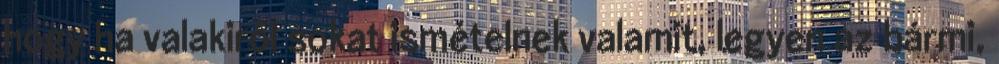
hogy ha valakiről sokat ismételnek valamit, legyen az bármi,